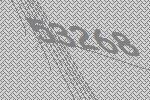
53268